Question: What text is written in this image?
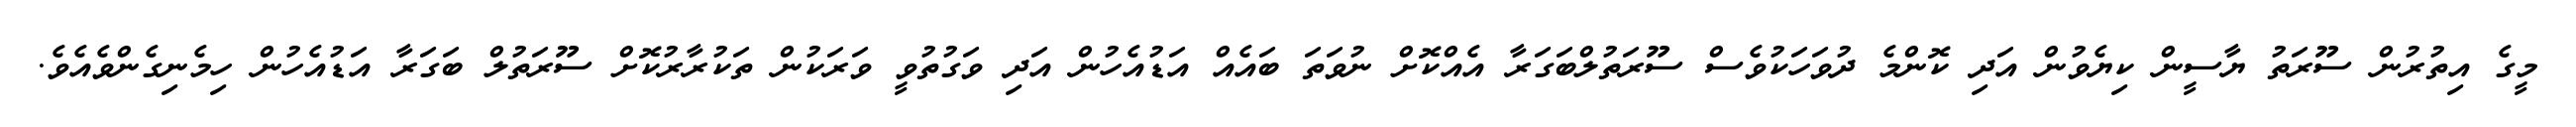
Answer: މީގެ އިތުރުން ސޫރަތު ޔާސީން ކިޔެވުން އަދި ކޮންމެ ދުވަހަކުވެސް ސޫރަތުލްބަގަރާ އެއްކޮށް ނުވަތަ ބައެއް އަޑުއެހުން އަދި ވަގުތުވީ ވަރަކުން ތަކުރާރުކޮށް ސޫރަތުލް ބަގަރާ އަޑުއެހުން ހިމެނިގެންވެއެވެ.